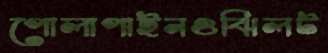
পোলাপাইনওঝিলট